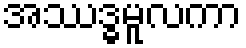
အဿဒ္ဓမူလကာ